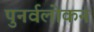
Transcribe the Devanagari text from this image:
पुनर्वलोकन